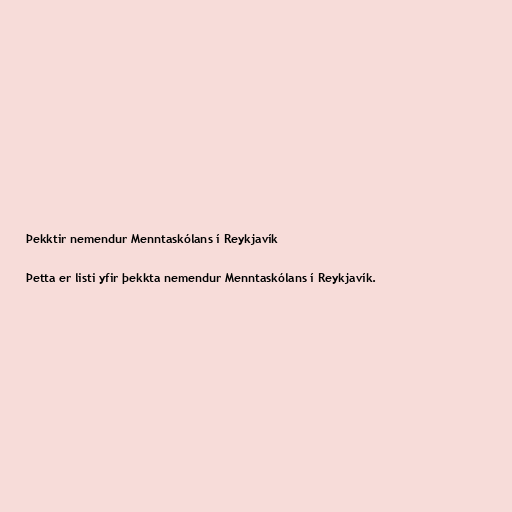
Þekktir nemendur Menntaskólans í Reykjavík

Þetta er listi yfir þekkta nemendur Menntaskólans í Reykjavík.